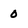
Character: 0